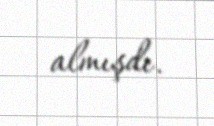
almışdı.